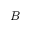
B